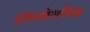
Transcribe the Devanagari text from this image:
ट्रांसओशनिक